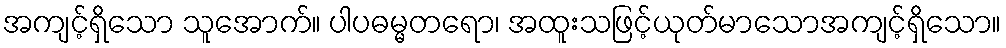
အကျင့်ရှိသော သူအောက်။ ပါပဓမ္မတရော၊ အထူးသဖြင့်ယုတ်မာသောအကျင့်ရှိသော။